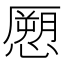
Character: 𭞨